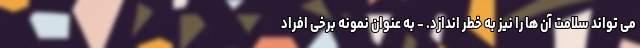
می تواند سلامت آن ها را نیز به خطر اندازد. - به عنوان نمونه برخی افراد